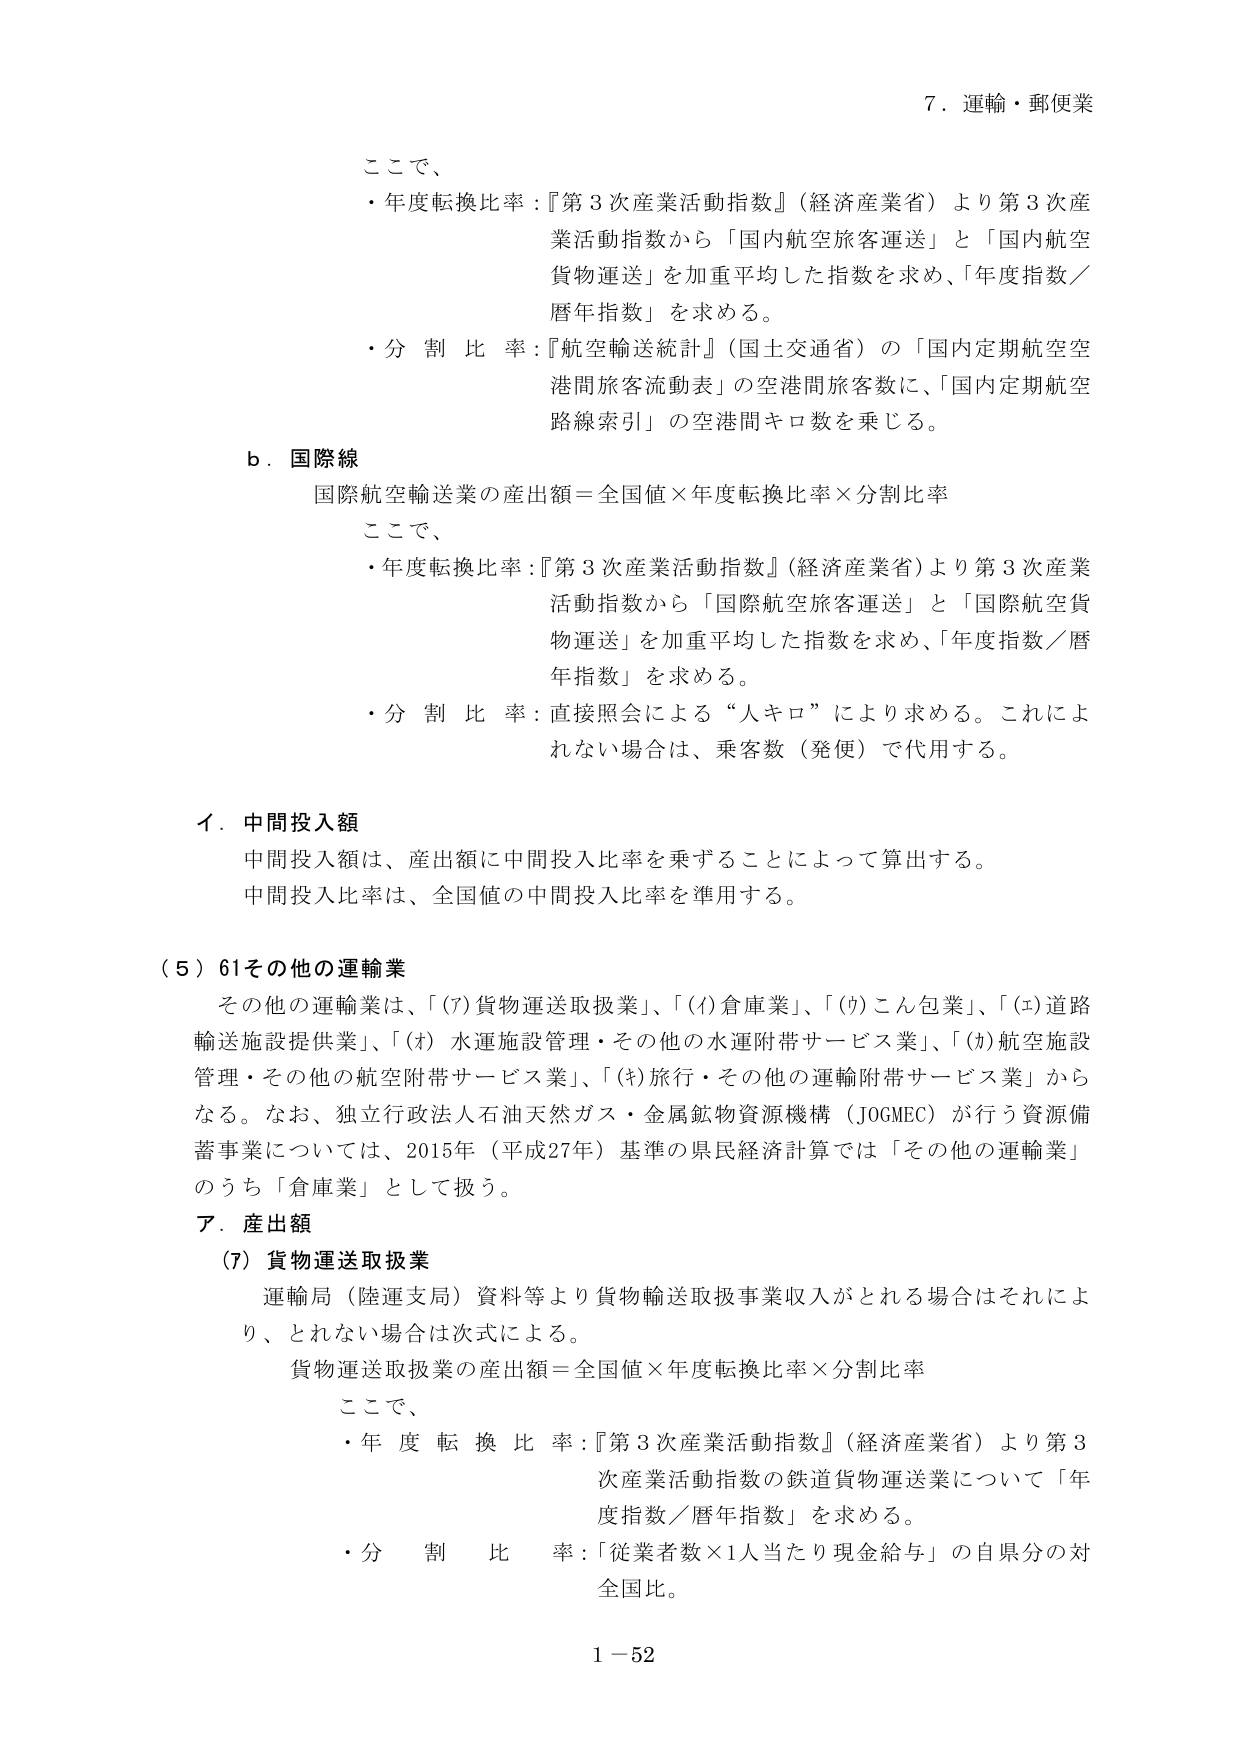
7．運輸・郵便業

ここで、
・年度転換比率：『第3次産業活動指数』（経済産業省）より第3次産業活動指数から「国内航空旅客運送」と「国内航空貨物運送」を加重平均した指数を求め、「年度指数／暦年指数」を求める。
・分割比率：『航空輸送統計』（国土交通省）の「国内定期航空空港間旅客流動表」の空港間旅客数に、「国内定期航空路線索引」の空港間キロ数を乗じる。

b．国際線
国際航空輸送業の産出額＝全国値×年度転換比率×分割比率

ここで、
・年度転換比率：『第3次産業活動指数』（経済産業省）より第3次産業活動指数から「国際航空旅客運送」と「国際航空貨物運送」を加重平均した指数を求め、「年度指数／暦年指数」を求める。
・分割比率：直接照会による“人キロ”により求める。これに よれない場合は、乗客数（発便）で代用する。

イ．中間投入額
中間投入額は、産出額に中間投入比率を乗ずることによって算出する。
中間投入比率は、全国値の中間投入比率を準用する。

（5）61その他の運輸業
その他の運輸業は、「(ｱ)貨物運送取扱業」、「(ｲ)倉庫業」、「(ｳ)こん包業」、「(ｴ)道路輸送施設提供業」、「(ｵ)水運施設管理・その他の水運附帯サービス業」、「(ｶ)航空施設管理・その他の航空附帯サービス業」、「(ｷ)旅行・その他の運輸附帯サービス業」からなる。なお、独立行政法人石油天然ガス・金属鉱物資源機構（JOGMEC）が行う資源備蓄事業については、2015年（平成27年）基準の県民経済計算では「その他の運輸業」のうち「倉庫業」として扱う。

ア．産出額
(ｱ) 貨物運送取扱業
運輸局（陸運支局）資料等より貨物輸送取扱事業収入がとれる場合はそれにより、とれない場合は次式による。
貨物運送取扱業の産出額＝全国値×年度転換比率×分割比率

ここで、
・年度転換比率：『第3次産業活動指数』（経済産業省）より第3次産業活動指数の鉄道貨物運送業について「年度指数／暦年指数」を求める。
・分割比率：「従業者数×1人当たり現金給与」の自県分の対全国比。

1－52